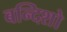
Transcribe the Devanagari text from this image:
बन्दिशो